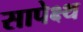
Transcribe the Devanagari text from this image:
सापेक्ष्थ